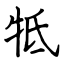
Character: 牴